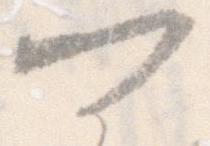
可